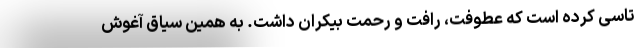
تاسی کرده است که عطوفت، رافت و رحمت بیکران داشت. به همین سیاق آغوش